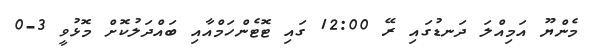
މެންޔޫ އަމިއްލަ ދަނޑުގައި ރޭ 12:00 ގައި ޓޮޓެންހަމްއާއި ބައްދަލުކޮށް މޮޅުވީ 3-0